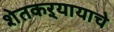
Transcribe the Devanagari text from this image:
शेतकऱ्यायाचे